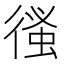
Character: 𢕉